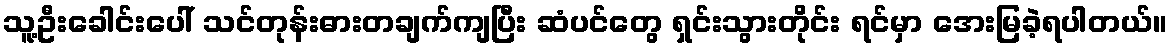
သူ့ဦးခေါင်းပေါ် သင်တုန်းဓားတချက်ကျပြီး ဆံပင်တွေ ရှင်းသွားတိုင်း ရင်မှာ အေးမြခဲ့ရပါတယ်။